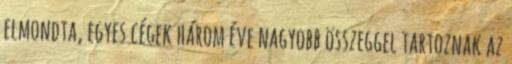
elmondta, egyes cégek három éve nagyobb összeggel tartoznak az